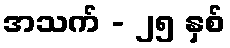
အသက် - ၂၅ နှစ်